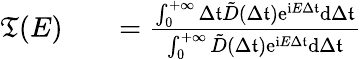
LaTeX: \begin{array}{rlr}{\mathfrak{T}(E)}&{{}}&{=\frac{\int_{0}^{+\infty}{\Delta\mathfrak{t}}\tilde{D}(\Delta\mathfrak{t})\mathrm{e}^{\mathrm{i}E\Delta\mathfrak{t}}\mathrm{d}{\Delta\mathfrak{t}}}{\int_{0}^{+\infty}\tilde{D}(\Delta\mathfrak{t})\mathrm{e}^{\mathrm{i}E\Delta\mathfrak{t}}\mathrm{d}{\Delta\mathfrak{t}}}}\end{array}